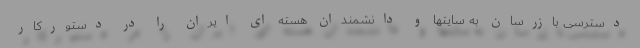
دسترسی بازرسان به سایتها و دانشمندان هسته ای ایران را در دستورکار